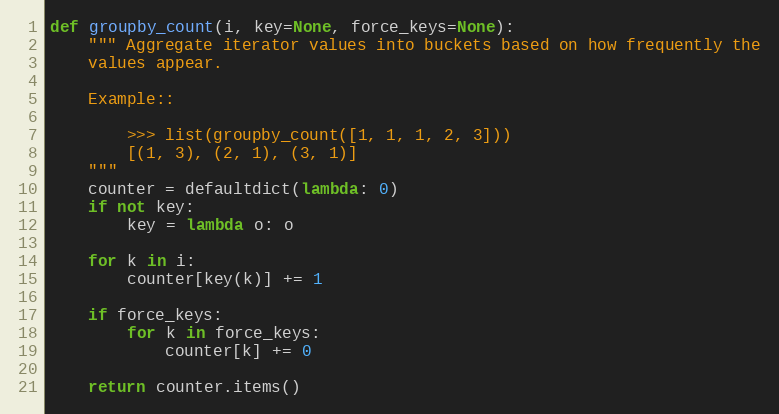
Language: Python
def groupby_count(i, key=None, force_keys=None):
    """ Aggregate iterator values into buckets based on how frequently the
    values appear.

    Example::

        >>> list(groupby_count([1, 1, 1, 2, 3]))
        [(1, 3), (2, 1), (3, 1)]
    """
    counter = defaultdict(lambda: 0)
    if not key:
        key = lambda o: o

    for k in i:
        counter[key(k)] += 1

    if force_keys:
        for k in force_keys:
            counter[k] += 0

    return counter.items()